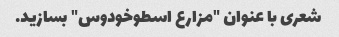
شعری با عنوان "مزارع اسطوخودوس" بسازید.